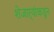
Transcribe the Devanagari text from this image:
शेजार्‍यांकडून